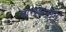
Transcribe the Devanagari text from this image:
नाराशंसान्